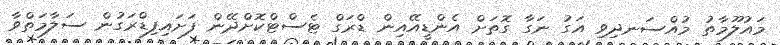
މައުލޫމާތު މުއްސަނދިވި އަގު ނަގާ ގޮތަށް އެންޑީއޭއިން ޑްރަގް ޓެސްޓްކޮށްދޭން ފަށައިފިޑްރަގުން ސަލާމަތްވާ